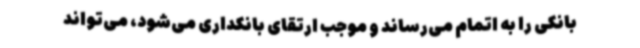
بانکی را به اتمام می‌رساند و موجب ارتقای بانکداری می‌شود، می‌تواند